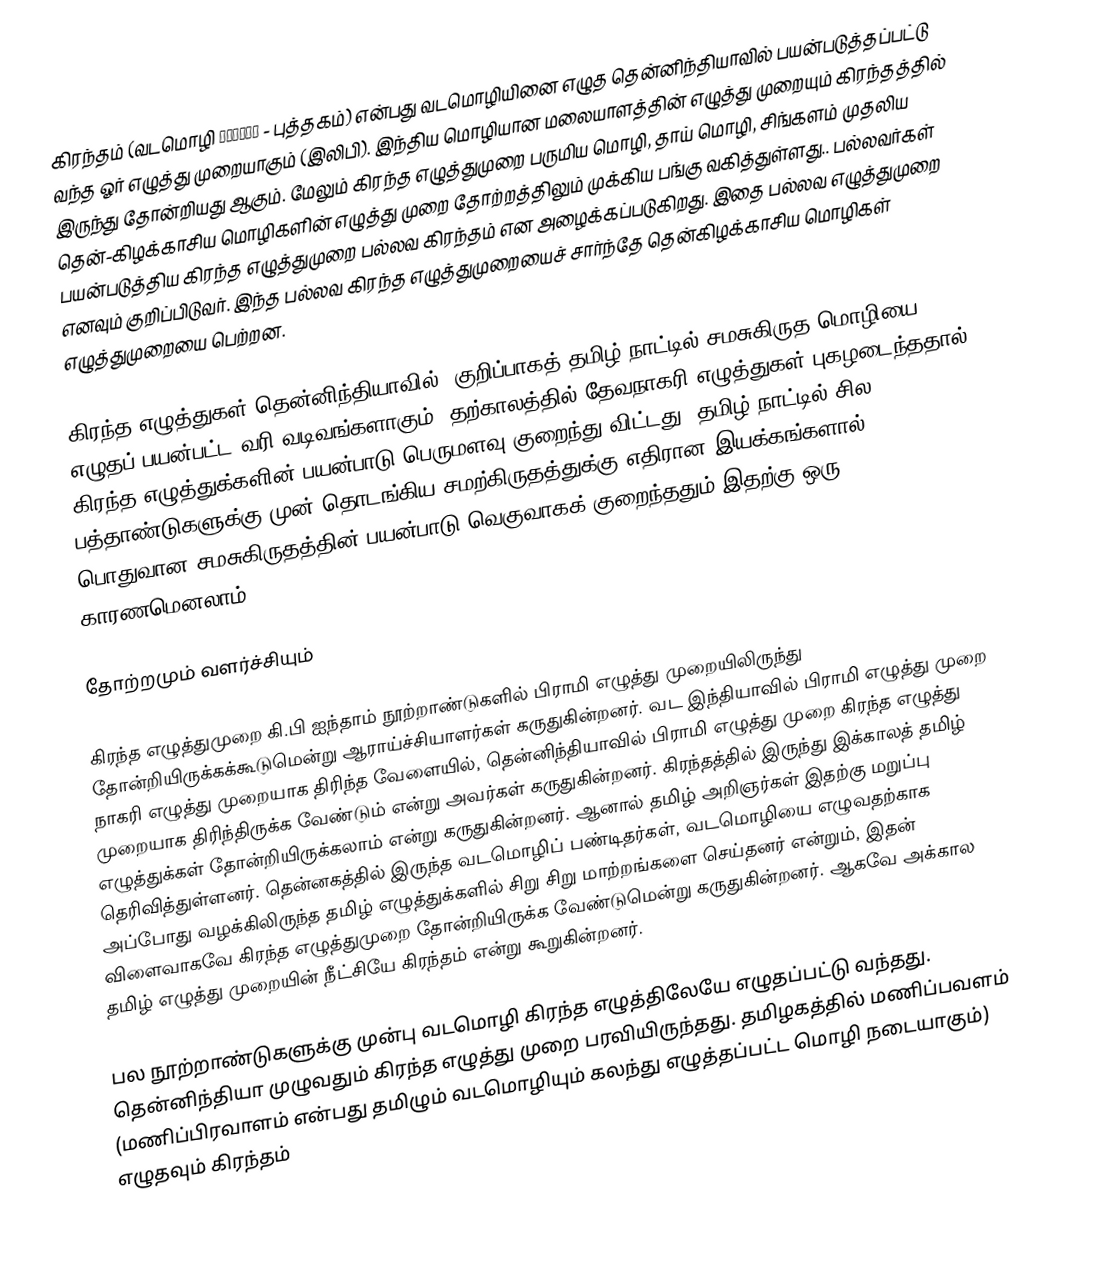
கிரந்தம் (வடமொழி ग्रन्थ - புத்தகம்) என்பது வடமொழியினை எழுத தென்னிந்தியாவில் பயன்படுத்தப்பட்டு வந்த ஓர் எழுத்து முறையாகும் (இலிபி). இந்திய மொழியான மலையாளத்தின் எழுத்து முறையும் கிரந்தத்தில் இருந்து தோன்றியது ஆகும். மேலும் கிரந்த எழுத்துமுறை பருமிய மொழி, தாய் மொழி, சிங்களம் முதலிய தென்-கிழக்காசிய மொழிகளின் எழுத்து முறை தோற்றத்திலும் முக்கிய பங்கு வகித்துள்ளது.. பல்லவர்கள் பயன்படுத்திய கிரந்த எழுத்துமுறை பல்லவ கிரந்தம் என அழைக்கப்படுகிறது. இதை பல்லவ எழுத்துமுறை எனவும் குறிப்பிடுவர். இந்த பல்லவ கிரந்த எழுத்துமுறையைச் சார்ந்தே தென்கிழக்காசிய மொழிகள் எழுத்துமுறையை பெற்றன.

கிரந்த எழுத்துகள் தென்னிந்தியாவில், குறிப்பாகத் தமிழ் நாட்டில் சமசுகிருத மொழியை எழுதப் பயன்பட்ட வரி வடிவங்களாகும். தற்காலத்தில் தேவநாகரி எழுத்துகள் புகழடைந்ததால் கிரந்த எழுத்துக்களின் பயன்பாடு பெருமளவு குறைந்து விட்டது. தமிழ் நாட்டில் சில பத்தாண்டுகளுக்கு முன் தொடங்கிய சமற்கிருதத்துக்கு எதிரான இயக்கங்களால், பொதுவான சமசுகிருதத்தின் பயன்பாடு வெகுவாகக் குறைந்ததும் இதற்கு ஒரு காரணமெனலாம்.

தோற்றமும் வளர்ச்சியும்

கிரந்த எழுத்துமுறை கி.பி ஐந்தாம் நூற்றாண்டுகளில் பிராமி எழுத்து முறையிலிருந்து தோன்றியிருக்கக்கூடுமென்று ஆராய்ச்சியாளர்கள் கருதுகின்றனர். வட இந்தியாவில் பிராமி எழுத்து முறை நாகரி எழுத்து முறையாக திரிந்த வேளையில், தென்னிந்தியாவில் பிராமி எழுத்து முறை கிரந்த எழுத்து முறையாக திரிந்திருக்க வேண்டும் என்று அவர்கள் கருதுகின்றனர். கிரந்தத்தில் இருந்து இக்காலத் தமிழ் எழுத்துக்கள் தோன்றியிருக்கலாம் என்று கருதுகின்றனர். ஆனால் தமிழ் அறிஞர்கள் இதற்கு மறுப்பு தெரிவித்துள்ளனர். தென்னகத்தில் இருந்த வடமொழிப் பண்டிதர்கள், வடமொழியை எழுவதற்காக அப்போது வழக்கிலிருந்த தமிழ் எழுத்துக்களில் சிறு சிறு மாற்றங்களை செய்தனர் என்றும், இதன் விளைவாகவே கிரந்த எழுத்துமுறை தோன்றியிருக்க வேண்டுமென்று கருதுகின்றனர். ஆகவே அக்கால தமிழ் எழுத்து முறையின் நீட்சியே கிரந்தம் என்று கூறுகின்றனர்.

பல நூற்றாண்டுகளுக்கு முன்பு வடமொழி கிரந்த எழுத்திலேயே எழுதப்பட்டு வந்தது. தென்னிந்தியா முழுவதும் கிரந்த எழுத்து முறை பரவியிருந்தது. தமிழகத்தில் மணிப்பவளம் (மணிப்பிரவாளம் என்பது தமிழும் வடமொழியும் கலந்து எழுத்தப்பட்ட மொழி நடையாகும்) எழுதவும் கிரந்தம்